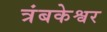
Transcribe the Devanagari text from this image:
त्रंबकेश्वर